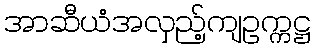
အာဆီယံအလှည့်ကျဥက္ကဋ္ဌ